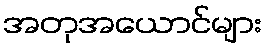
အတုအယောင်များ